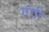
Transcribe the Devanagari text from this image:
गंगी